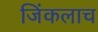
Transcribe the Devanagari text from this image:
जिंकलाच